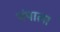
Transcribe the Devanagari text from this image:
पंपाला